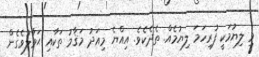
މި ލިޔުމަކީ ފުރިހަމަ ލިޔުމެއް. ތެދެކެވެ. އިއްޔެ މިއަދު މަޤާމު ތަކާއި ޙަވާލުވެގެން